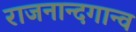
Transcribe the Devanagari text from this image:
राजनान्दगान्व